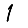
Digit: 1